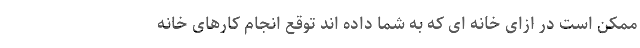
ممکن است در ازای خانه ای که به شما داده اند توقع انجام کارهای خانه